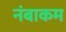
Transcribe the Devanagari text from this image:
नंबाकम